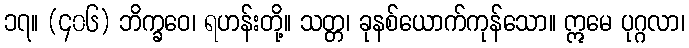
၁၇။ (၄၀၆) ဘိက္ခဝေ၊ ရဟန်းတို့။ သတ္တ၊ ခုနစ်ယောက်ကုန်သော။ ဣမေ ပုဂ္ဂလာ၊